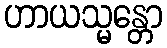
ဟာယသ္မန္တော